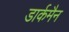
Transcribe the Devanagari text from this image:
डार्कमैन